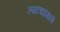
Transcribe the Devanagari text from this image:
त्‍याचप्रमाणे